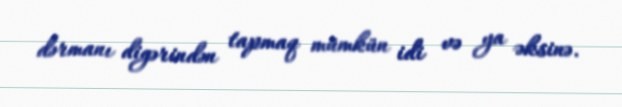
dərmanı digərindən tapmaq mümkün idi və ya əksinə.